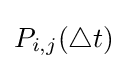
P_{i,j}(\triangle t)